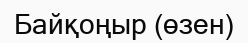
Байқоңыр (өзен)